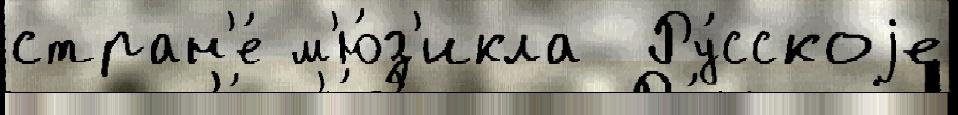
стран'е́ м'ю́з'икла  Ру́сскоjе